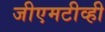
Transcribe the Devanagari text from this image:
जीएमटीव्ही